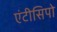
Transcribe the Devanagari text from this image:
एंटीसिपो